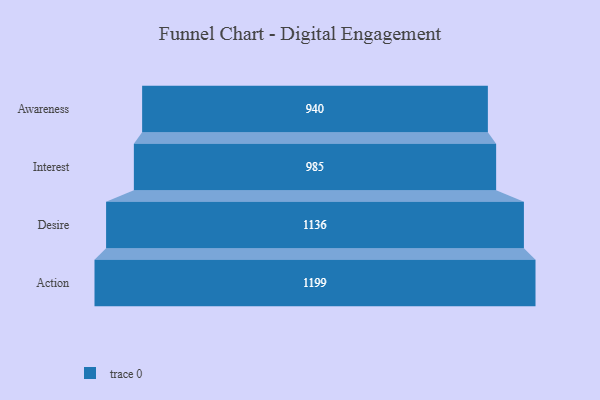
{"axis": {"x": "Stage", "y": "Value"}, "legend": [""], "data": [{"x": "Awareness", "y": 940.0, "type": ""}, {"x": "Interest", "y": 985.0, "type": ""}, {"x": "Desire", "y": 1136.0, "type": ""}, {"x": "Action", "y": 1199.0, "type": ""}]}